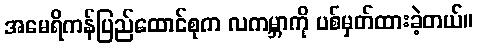
အမေရိကန်ပြည်ထောင်စုက လကမ္ဘာကို ပစ်မှတ်ထားခဲ့တယ်။